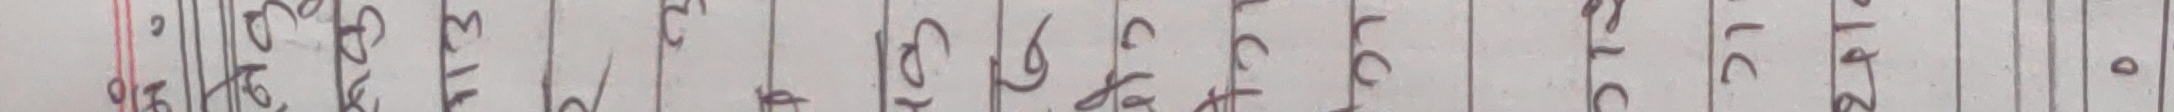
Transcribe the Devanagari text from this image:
२०७९।११।१३ भा. अ ७९८३०० ।